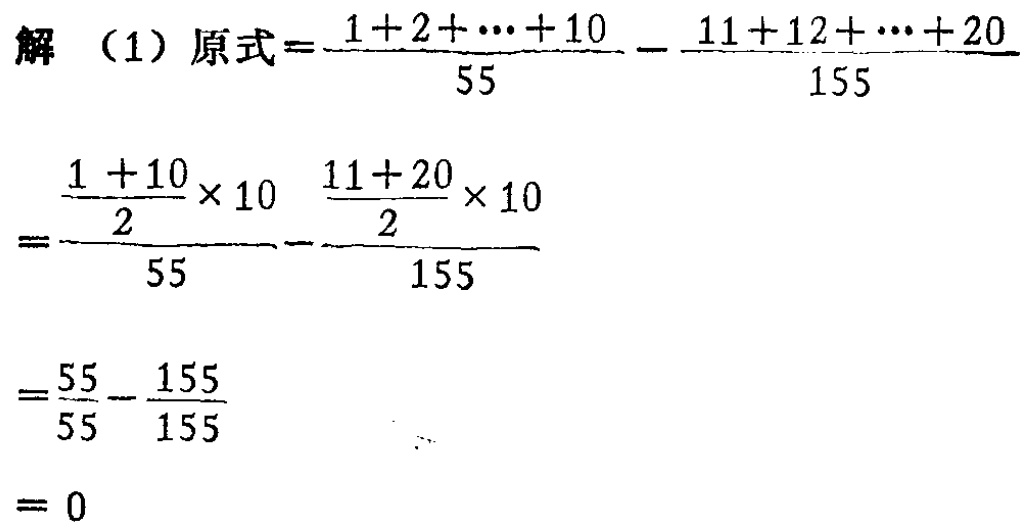
解（1）原式$=\frac{1 + 2 + \cdots + 10}{55}-\frac{11 + 12 + \cdots + 20}{155}$

$=\frac{\frac{1 + 10}{2}\times 10}{55}-\frac{\frac{11 + 20}{2}\times 10}{155}$

$=\frac{55}{55}-\frac{155}{155}$

$= 0$